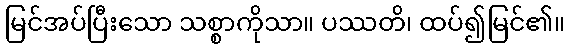
မြင်အပ်ပြီးသော သစ္စာကိုသာ။ ပဿတိ၊ ထပ်၍မြင်၏။